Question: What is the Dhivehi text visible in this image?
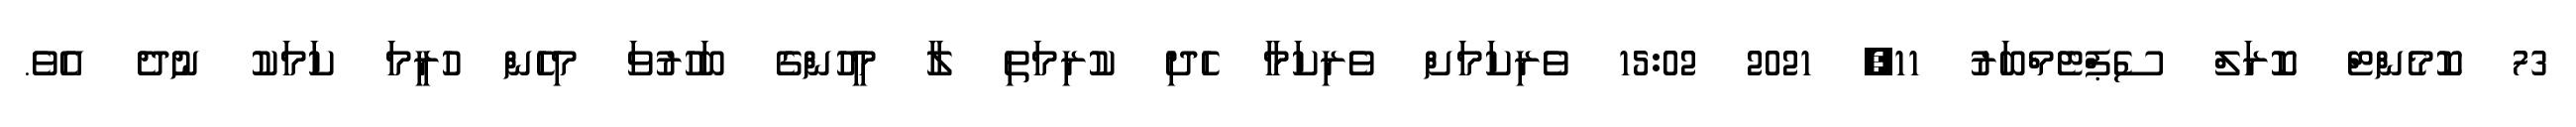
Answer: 73 ކޮމެންޓް ކޮރަލް ސެޕްޓެމްބަރު 11, 2021 15:02 ވެރިކަމަށް ވެރިކަމާ ހެދި ކުރިމަތި ލާ މީހުންގެ ބަހުރުވަ މިހެން ހުރީމަ ކަމަކު ނުދެ އެވެ.